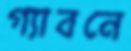
গ্যাবনে